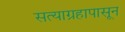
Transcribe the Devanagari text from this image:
सत्याग्रहापासून